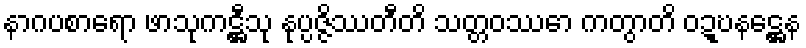
နာဂပစာရော ဖာသုကဋ္ဌီသု နုပ္ပဇ္ဇိဿတီတိ သတ္တဝဿော ကတွာတိ ဝဍ္ဎနဋ္ဌေန